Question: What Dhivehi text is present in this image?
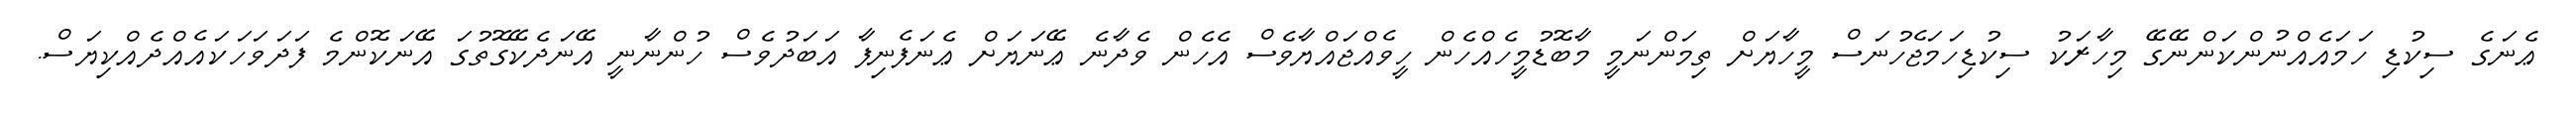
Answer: ޢެނަގެ ސިކުޑި ހަމައެއްނުންކަންނޭގޭ މިހާރަކު ސިކުޑިހަމަޖެހުނަސް މީހާޔަށް ތިމަންނަމީ މާބޮޑުމީހެއްހެން ހީވެއްޖައްޔާވެސް އެހެން ވެދާނެ ޢޭނަޔަށް ޢެނަފެނިފާ އަބަދުވެސް ހުންނާނީ އޭނަދެކޭގޮތުގަ އޭނަކޮންމެ ފަދަވަހަކައެއްދެއްކިޔަސް.